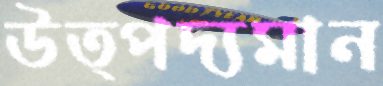
উত্পদ্যমান